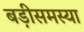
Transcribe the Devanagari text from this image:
बड़ीसमस्या